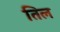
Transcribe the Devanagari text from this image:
तिल